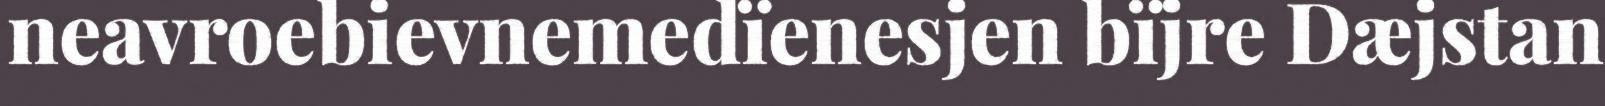
neavroebievnemedïenesjen bïjre Dæjstan